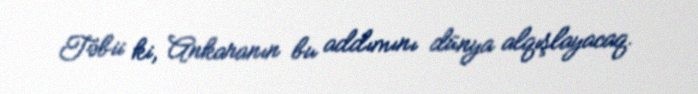
Təbii ki, Ankaranın bu addımını dünya alqışlayacaq.